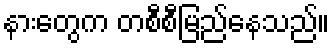
နားတွေက တစီစီမြည်နေသည်။